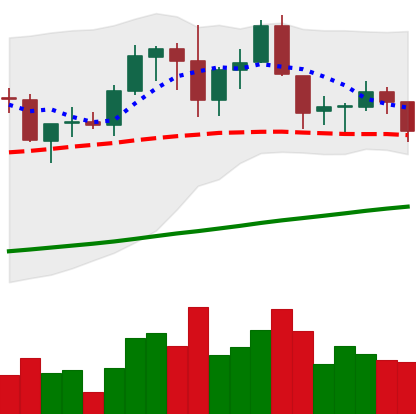
Ticker: ADA-USD
Chart end date: 2019-06-09
Forward return: 14.029%
Label: up_7plus